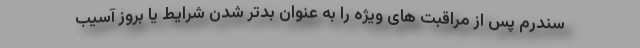
سندرم پس از مراقبت های ویژه را به عنوان بدتر شدن شرایط یا بروز آسیب